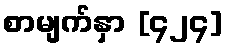
စာမျက်နှာ [၄၂၄]